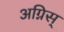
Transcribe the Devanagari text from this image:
अग्निस्